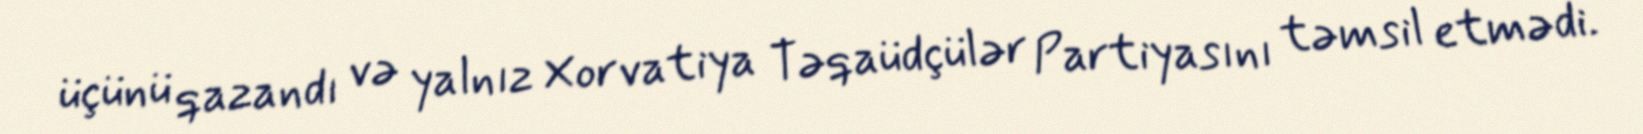
üçünü qazandı və yalnız Xorvatiya Təqaüdçülər Partiyasını təmsil etmədi.